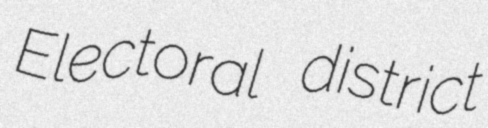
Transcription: Electoral district